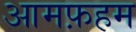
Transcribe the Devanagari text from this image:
आमफ़हम